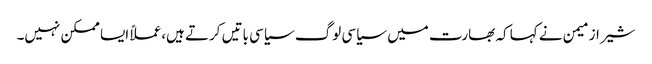
شیراز میمن نے کہا کہ بھارت میں سیاسی لوگ سیاسی باتیں کرتے ہیں،عملاً ایسا ممکن نہیں۔